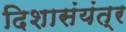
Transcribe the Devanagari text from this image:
दिशासंयंत्र